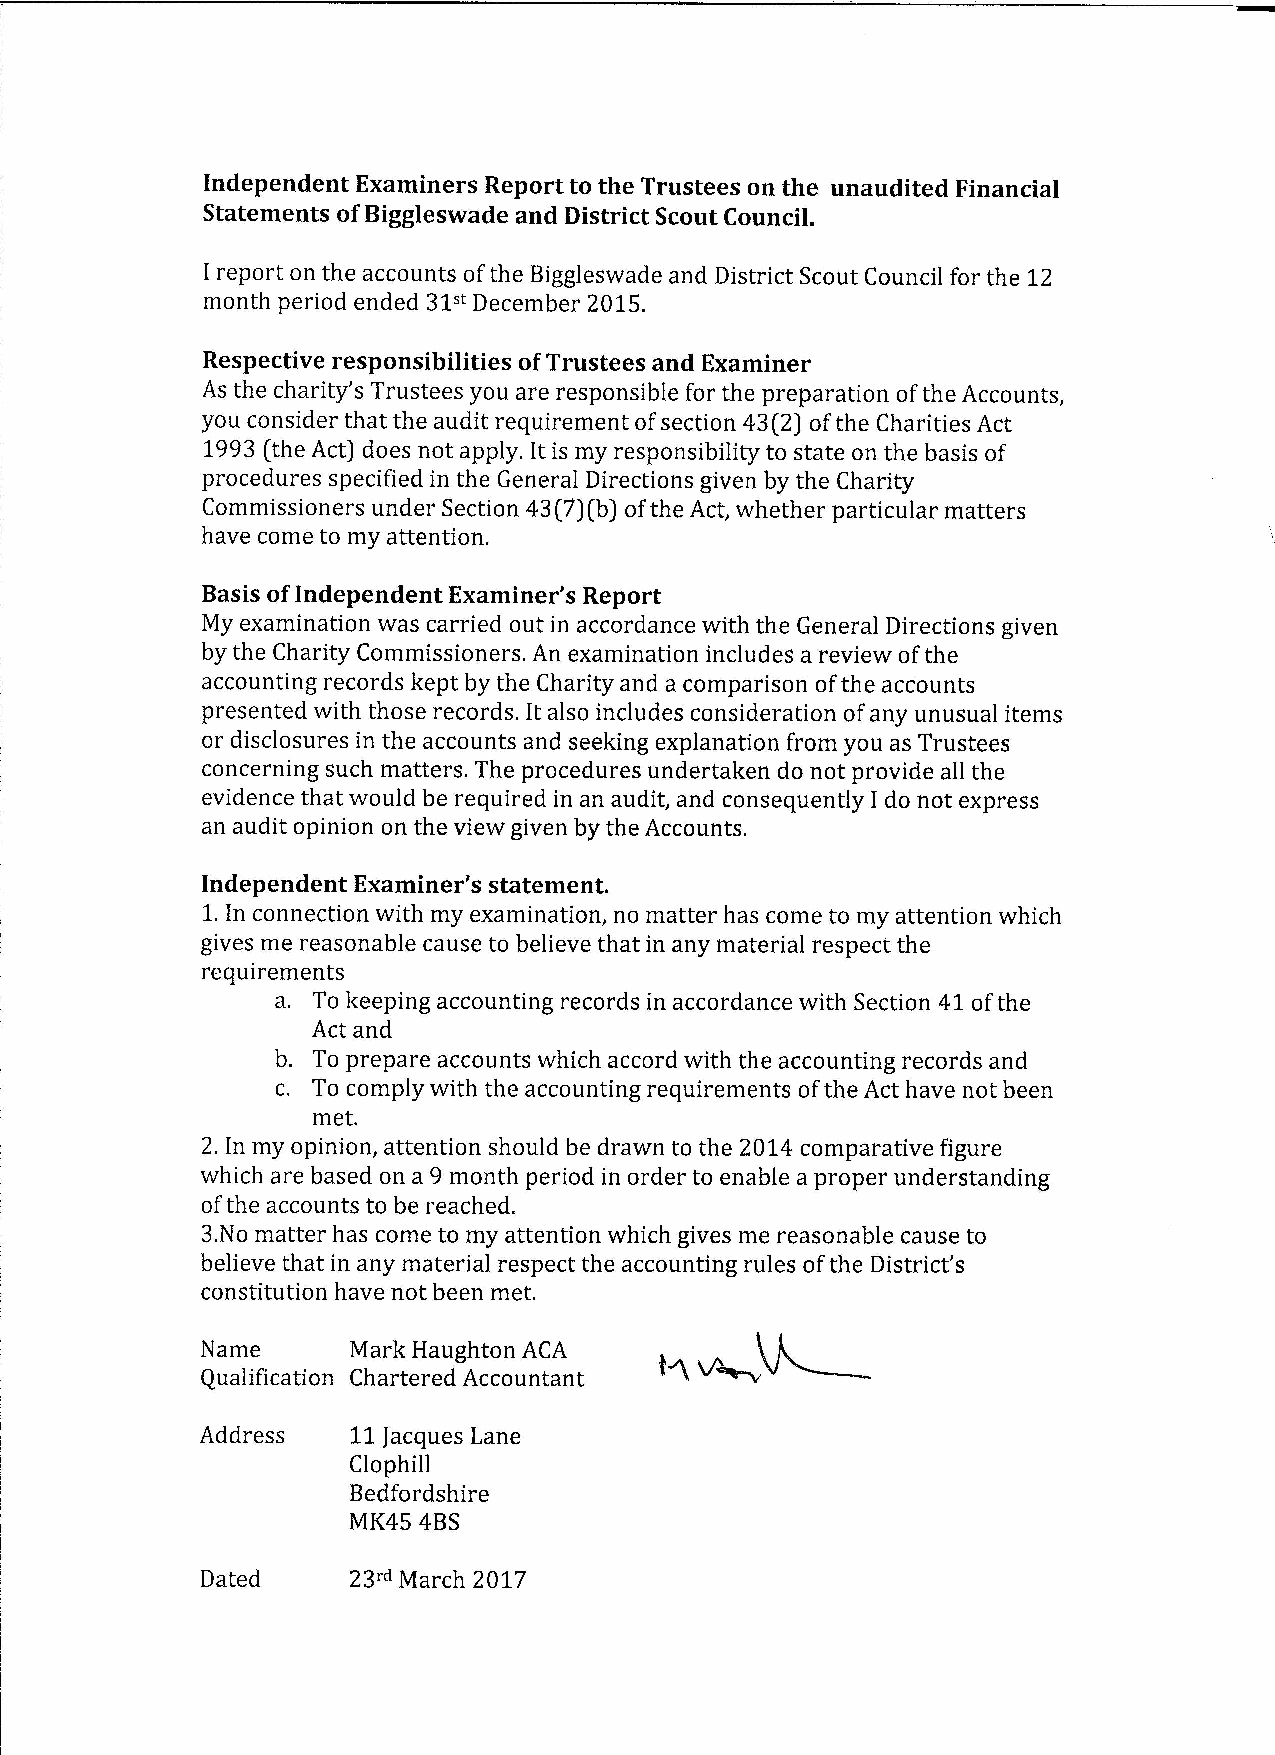
Independent Examiners Report to the Trustees on the unaudited Financial
 Statements ofBiggleswade and District Scout Council.
 I report on the accounts ofthe Biggleswade and District Scout Council for the 12
 31"
 month period ended December 2015.
 Respective responsibilities ofTrustees and Examiner
 As the charity's Trustees you are responsible for the preparation ofthe Accounts,
 you consider that the audit requirement ofsection 43(2) ofthe Charities Act
 1993(the Act) does not apply. It is my responsibility to state on the basis of
 procedures specified in the General Directions given by the Charity
 Commissioners under Section 43(7)(b) ofthe Act, whether particular matters
 have come to my attention.
 Basis ofIndependent Examiner's Report
 My examination was carried out in accordance with the General Directions given
 by the Charity Commissioners. An examination includes a review ofthe
 accounting records kept by the Charity and a comparison ofthe accounts
 presented with those records. It also includes consideration ofany unusual items
 or disclosures in the accounts and seeking explanation from you as Trustees
 concerning such matters. The procedures undertaken do not provide all the
 evidence that would be required in an audit, and consequently I do not express
 an audit opinion on the view given by the Accounts.
 Independent Examiner's statement.
 1.In connection with my examination, no matter has come to my attention which
 gives me reasonable cause to believe that in any material respect the
 requirements
 a. To keeping accounting records in accordance with Section 41ofthe
 Act and
 b. To prepare accounts which accord with the accounting records and
 c. To comply with the accounting requirements ofthe Act have not been
 met.
 2.In my opinion, attention should be drawn to the 2014 comparative figure
 which are based on a 9 month period in order to enable a proper understanding
 ofthe accounts to be reached.
 3.No matter has come to my attention which gives me reasonable cause to
 believe that in any material respect the accounting rules ofthe District's
 constitution have not been met.
 Name      Mark Haughton ACA
 Qualification Chartered Accountant
 Address   11Jacques Lane
 Clophill
 Bedfordshire
 MK45 4BS
 Dated     23"~March 2017